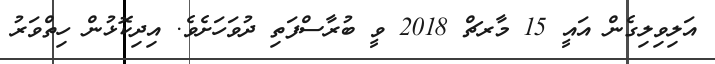
އަލިވިލިގެން އައީ 15 މާރޗް 2018 ވީ ބުރާސްފަތި ދުވަހަށެވެ. އިދިކޮޅުން ހިތްވަރު